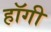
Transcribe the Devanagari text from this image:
हॉगी